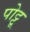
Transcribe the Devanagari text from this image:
पोट्टू